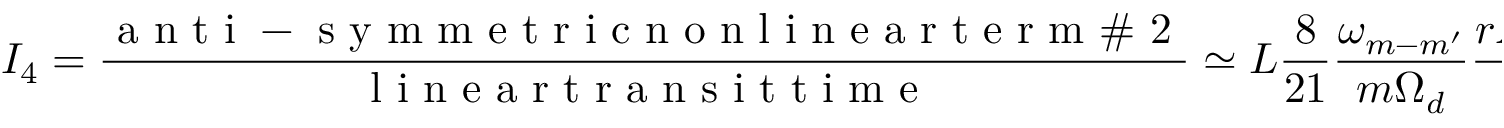
I _ { 4 } = \frac { \mathrm { ~ a ~ n ~ t ~ i ~ - ~ s ~ y ~ m ~ m ~ e ~ t ~ r ~ i ~ c ~ n ~ o ~ n ~ l ~ i ~ n ~ e ~ a ~ r ~ t ~ e ~ r ~ m ~ \# ~ 2 ~ } } { \mathrm { ~ l ~ i ~ n ~ e ~ a ~ r ~ t ~ r ~ a ~ n ~ s ~ i ~ t ~ t ~ i ~ m ~ e ~ } } \simeq L \frac { 8 } { 2 1 } \frac { \omega _ { m - m ^ { \prime } } } { m \Omega _ { d } } \frac { r A _ { m - m ^ { \prime } } } { B _ { 0 } } \frac { \delta f _ { m ^ { \prime } } } { { \delta f _ { m } } } \frac { \partial } { \partial L } \log \delta f _ { m ^ { \prime } } \simeq 1 .